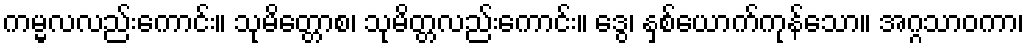
ကမ္မလလည်းကောင်း။ သုမိတ္တောစ၊ သုမိတ္တလည်းကောင်း။ ဒွေ၊ နှစ်ယောက်ကုန်သော။ အဂ္ဂသာဝကာ၊